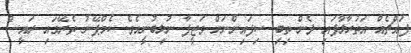
ފައްޗެއް އަތުރާލާފައި ދެން ތިބި ސިފައިންނަށް ވަޒީފާ ނުލިބުނީއެވެ. ކެމްޕޭނު ތެރޭގައި ރައީސް